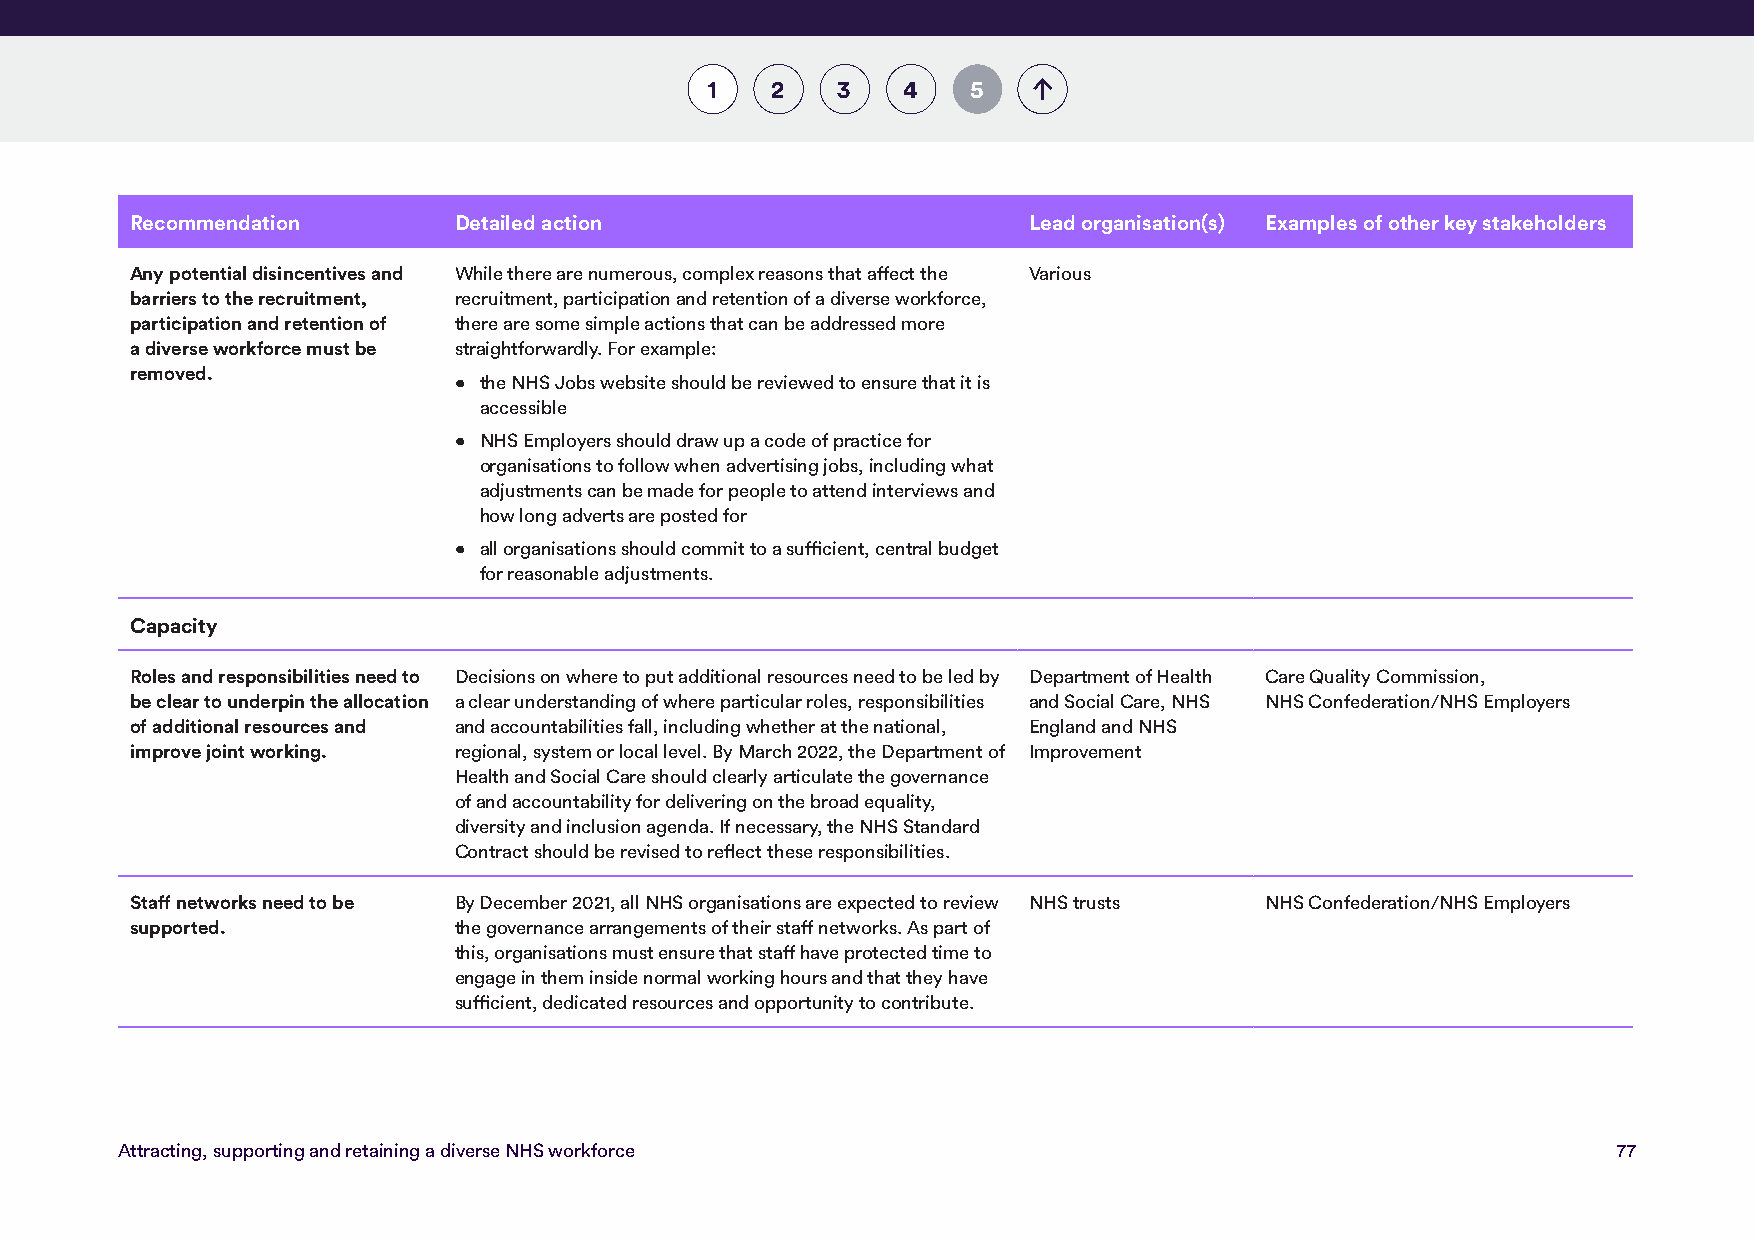
1   2   3    4   5
 Recommendation       Detailed action                       Lead organisation(s) Examples of other key stakeholders
 Any potential disincentives and While there are numerous, complex reasons that affect the Various
 barriers to the recruitment, recruitment, participation and retention of a diverse workforce,
 participation and retention of there are some simple actions that can be addressed more
 a diverse workforce must be straightforwardly. For example:
 removed.
 • the NHS Jobs website should be reviewed to ensure that it is
 accessible
 • NHS Employers should draw up a code of practice for
 organisations to follow when advertising jobs, including what
 adjustments can be made for people to attend interviews and
 how long adverts are posted for
 • all organisations should commit to a sufficient, central budget
 for reasonable adjustments.
 Capacity
 Roles and responsibilities need to Decisions on where to put additional resources need to be led by Department of Health Care Quality Commission,
 be clear to underpin the allocation a clear understanding of where particular roles, responsibilities and Social Care, NHS NHS Confederation/NHS Employers
 of additional resources and and accountabilities fall, including whether at the national, England and NHS
 improve joint working. regional, system or local level. By March 2022, the Department of Improvement
 Health and Social Care should clearly articulate the governance
 of and accountability for delivering on the broad equality,
 diversity and inclusion agenda. If necessary, the NHS Standard
 Contract should be revised to reflect these responsibilities.
 Staff networks need to be By December 2021, all NHS organisations are expected to review NHS trusts NHS Confederation/NHS Employers
 supported.           the governance arrangements of their staff networks. As part of
 this, organisations must ensure that staff have protected time to
 engage in them inside normal working hours and that they have
 sufficient, dedicated resources and opportunity to contribute.
 Attracting, supporting and retaining a diverse NHS workforce                                       77